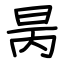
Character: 昺